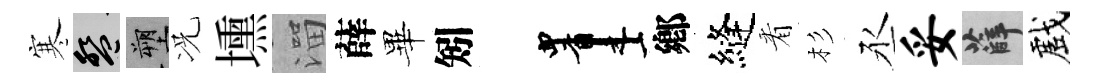
寒盤塑况壎溜薛畢矧画鄕縫㸔杉丞妥薛戲